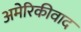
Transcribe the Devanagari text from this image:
अमेरिकीवाद